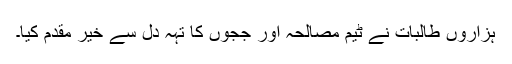
ہزاروں طالبات نے ٹیم مصالحہ اور ججوں کا تہہ دل سے خیر مقدم کیا۔